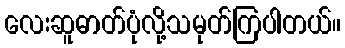
လေးဆူဓာတ်ပုံလို့သမုတ်ကြပါတယ်။